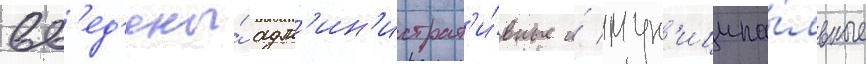
вв'ед'ены́ адм'ин'истрат'и́вные и́ мун'иципа́льные